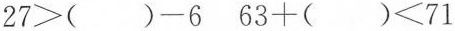
$$2 7 > ( ) - 6$$$$6 3 + ( ) < 7 1$$